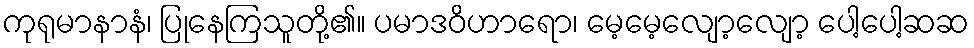
ကုရုမာနာနံ၊ ပြုနေကြသူတို့၏။ ပမာဒဝိဟာရော၊ မေ့မေ့လျော့လျော့ ပေါ့ပေါ့ဆဆ